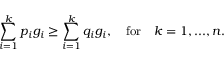
\sum _ { i = 1 } ^ { k } p _ { i } g _ { i } \geq \sum _ { i = 1 } ^ { k } q _ { i } g _ { i } , \quad \mathrm { f o r } \quad k = 1 , . . . , n .